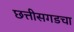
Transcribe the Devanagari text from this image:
छत्तीसगडचा